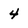
Character: 4